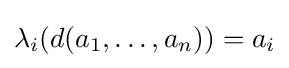
\lambda _{i}(d(a_{1},\ldots ,a_{n}))=a_{i}